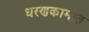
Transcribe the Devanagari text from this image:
धरणकामात